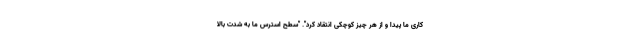
کاری ما پیدا و از هر چیز کوچکی انتقاد کرد". "سطح استرس ما به شدت بالا